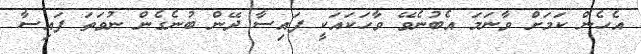
އެހެން ކަމަށް ވާނަމަ އެބުނެވޭ ވާހަކައަކީ ފައިސާ ދޭން ބުނެގެން ނުވަތަ ފައިސާ